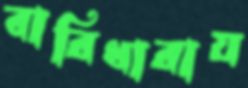
বারিধারায়